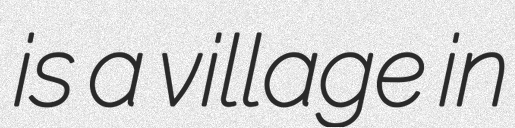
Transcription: is a village in